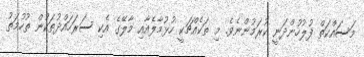
މަސައްކަތް ފުލުހުންދަނީ ކުރަމުންނެވެ. މި ތަކެއްޗަކީ ހުޅުމާލެއާއި މާލޭގެ އެކި ސަރަހައްދުތަކުން ތުހުމަތު